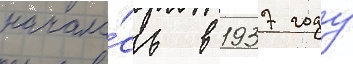
начала́сь в 1937 году